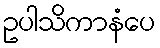
ဥပါသိကာနံပေ